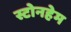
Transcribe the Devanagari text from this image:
स्टोनहेम